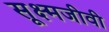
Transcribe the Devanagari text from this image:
सूक्ष्‍मजीवी